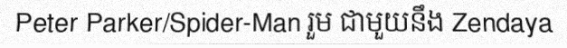
Peter Parker/Spider-Man រួម ជាមួយនឹង Zendaya